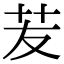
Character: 苃